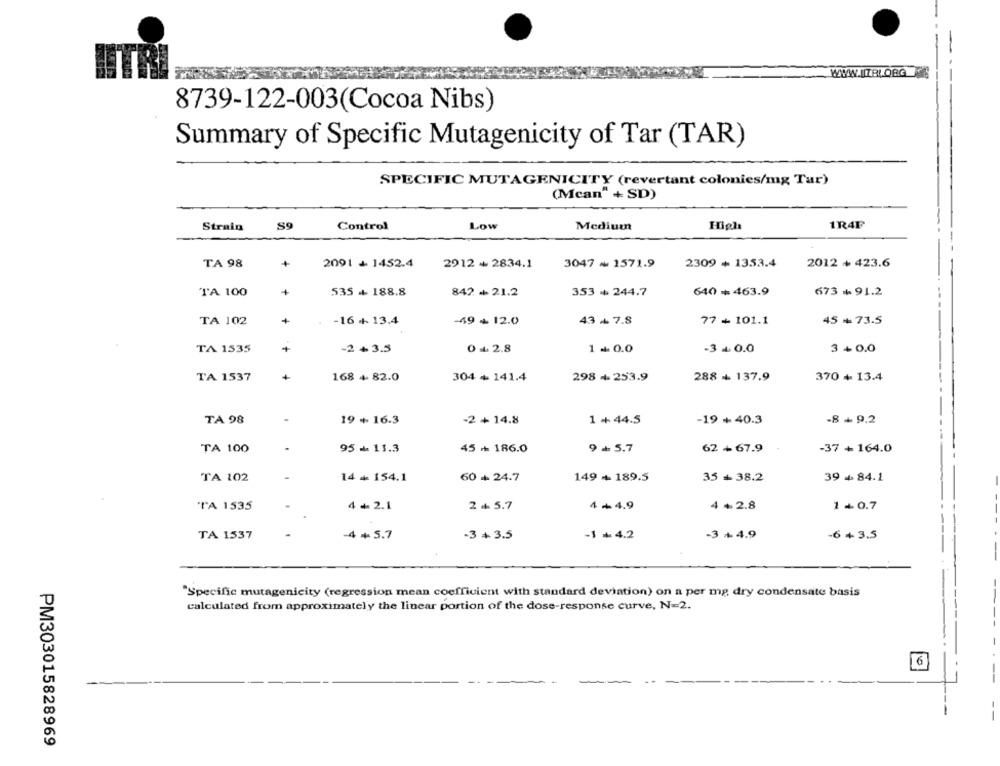
WWW.LIZBLOGG
8739-122-003(Cocoa Nibs)
Summary of Specific Mutagenicity of Tar (TAR)
SPECIFIC MUTAGENICITY (revertant colonies/mg Tur)
(Mcan" + SD)
Strain
89
Control
Low
Medium
High
1R4F
TA 98
+
2091 +1452.4
2912 +2834.1
3047 ~ 1571.9
2309 + 1353.4
2012 + 423.6
535 + 188.8
842 - 21.2
673 + 91.2
TA 100
353 + 244.7
640 + 463.9
TA 102
+
-16 + 13.4
-49 + 12.0
43 4 7.8
77 + 101.1
45 + 73.5
TA 1535
+
-2 + 3.5
0 +2.8
1 . 0.0
-3 + 0.0
3 +0.0
288 + 137.9
TA 1537
168 + 82.0
304 + 141.4
298 + 253.9
370 + 13.4
TA 98
19+ 16.3
-2 + 14.8
1 + 44.5
-19 + 40.3
-8+9.2
TA 100
95 - 13.3
45 + 186.0
9 +5.7
62 + 67.9
-37 + 164.0
TA 102
14 + 154.1
60 + 24.7
149 + 189.5
35 + 38.2
39 + 84.1
'TA 1535
4 +2.1
2 + 5.7
4 +4.9
4 +2.8
1 +0.7
TA 1537
-4 + 5.7
-3 + 3.5
-1 +4.2
-3 +4.9
-6+3.5
"Specific mutagenicity (regression mean coefficient with standard deviation) on a per mg dry condensate basis
calculated from approximately the linear portion of the dose-response curve, N=2.
----
6
PM303015828969